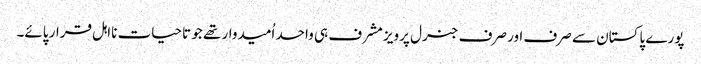
پورے پاکستان سے صرف اور صرف جنرل پرویز مشرف ہی واحد اُمیدوار تھے جو تاحیات نااہل قرار پائے۔